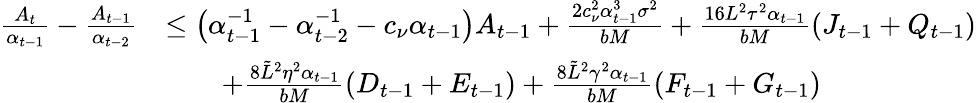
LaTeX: \begin{array}{rl}{\frac{A_{t}}{\alpha_{t-1}}-\frac{A_{t-1}}{\alpha_{t-2}}}&{\leq\left(\alpha_{t-1}^{-1}-\alpha_{t-2}^{-1}-c_{\nu}\alpha_{t-1}\right)A_{t-1}+\frac{2c_{\nu}^{2}\alpha_{t-1}^{3}\sigma^{2}}{bM}+\frac{16L^{2}\tau^{2}\alpha_{t-1}}{bM}(J_{t-1}+Q_{t-1})}\\ &{\qquad+\frac{8\tilde{L}^{2}\eta^{2}\alpha_{t-1}}{bM}(D_{t-1}+E_{t-1})+\frac{8\tilde{L}^{2}\gamma^{2}\alpha_{t-1}}{bM}(F_{t-1}+G_{t-1})}\end{array}